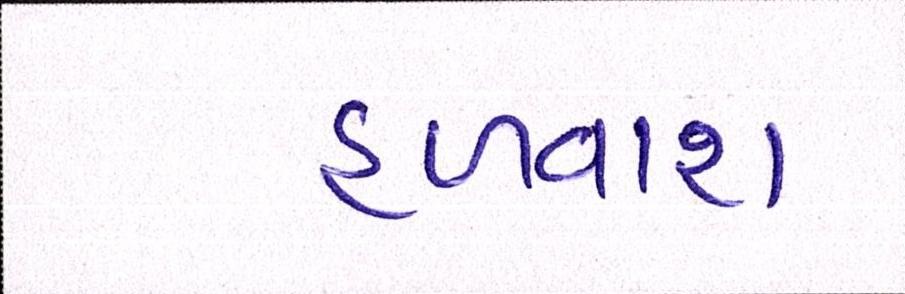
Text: હળવાશ